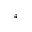
^ a